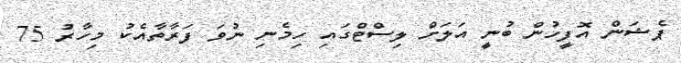
ޕެޝަން އޮފީހުން ބުނީ އަލަށް ލިސްޓްގައި ހިމެނި ނުވަ ފަރާތާއެކު މިހާރު 75